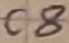
Text: C8